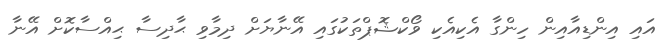
އައި އިންޑިއާއިން ހިންގާ އެކިއެކި ވޯކްޝޮޕްތަކުގައި އޭނާޔަށް ދިމާވި ޙާދިސާ ޙިއްސާކޮށް އޭނާ